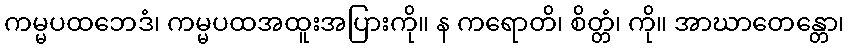
ကမ္မပထဘေဒံ၊ ကမ္မပထအထူးအပြားကို။ န ကရောတိ၊ စိတ္တံ၊ ကို။ အာဃာတေန္တော၊